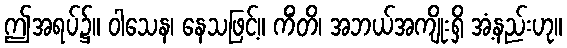
ဤအရပ်၌။ ဝါသေန၊ နေသဖြင့်။ ကိံတိ၊ အဘယ်အကျိုးရှိ အံ့နည်းဟု။